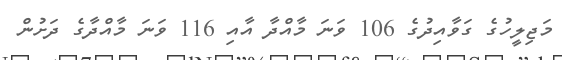
މަޖިލީހުގެ ގަވާއިދުގެ 106 ވަނަ މާއްދާ އާއި 116 ވަނަ މާއްދާގެ ދަށުން